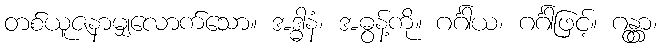
တစ်ယူဇနာမျှလောက်သော။ အဒ္ဓါနံ၊ အဓွန့်ကို။ ဂင်္ဂါယ၊ ဂင်္ဂါဖြင့်။ ဂန္တွာ၊